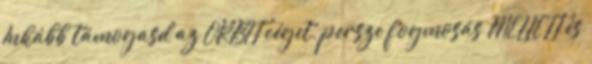
Inkább támogasd az ORBIT céget, persze fogmosás MELLETT és